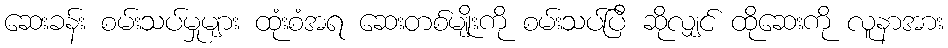
ဆေးခန်း စမ်းသပ်မှုများ ထုံးစံအရ ဆေးတစ်မျိုးကို စမ်းသပ်ပြီ ဆိုလျှင် ထိုဆေးကို လူနာအား